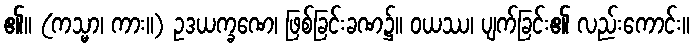
၏။ (ကသ္မာ၊ ကား။) ဥဒယက္ခဏေ၊ ဖြစ်ခြင်းခဏ၌။ ဝယဿ၊ ပျက်ခြင်း၏ လည်းကောင်း။